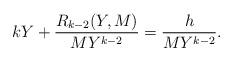
LaTeX: \begin{align*}kY+\frac{R_{k-2}(Y,M)}{MY^{k-2}}=\frac{h}{MY^{k-2}}.\end{align*}